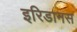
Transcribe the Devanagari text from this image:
इरिडानस